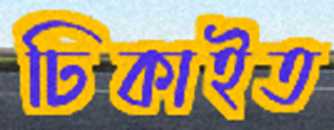
ঢিকাইত